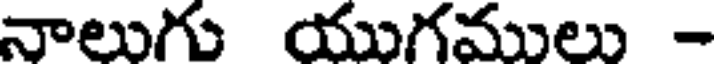
నాలుగు యుగములు -